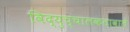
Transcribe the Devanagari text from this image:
विद्युच्चालकतावाले